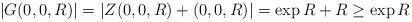
LaTeX: \begin{align*}|G(0,0,R)|= |Z(0,0,R)+(0,0,R)|=\exp R+R\geq \exp R\end{align*}